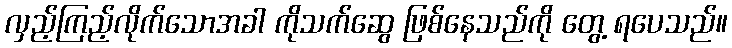
လှည့်ကြည့်လိုက်သောအခါ ကိုသက်ဆွေ ဖြစ်နေသည်ကို တွေ့ ရပေသည်။